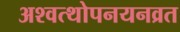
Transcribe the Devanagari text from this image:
अश्वत्थोपनयनव्रत